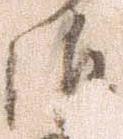
治